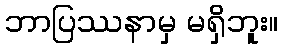
ဘာပြဿနာမှ မရှိဘူး။